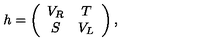
h = \left( \begin{array} { c c } { V _ { R } } & { T } \\ { S } & { V _ { L } } \\ \end{array} \right) ,